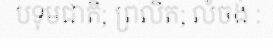
បទុមជាតិ; ព្រលិត; លំចង់ :